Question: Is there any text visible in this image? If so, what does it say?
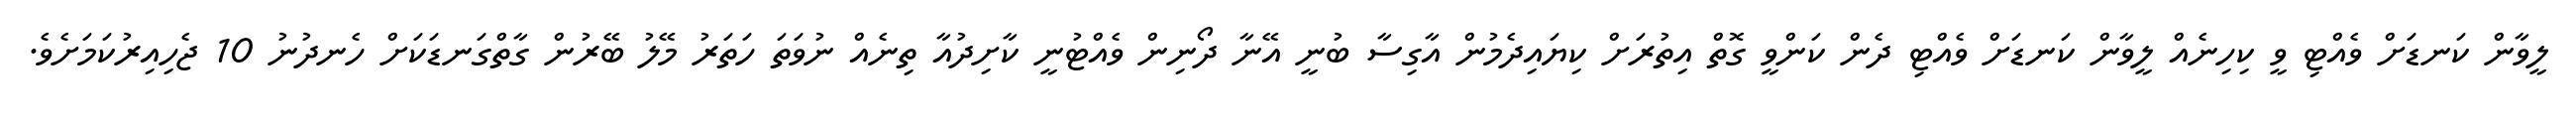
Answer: ލީވާން ކަނޑަށް ވެއްޓި ވީ ކިހިނެއް ލީވާން ކަނޑަށް ވެއްޓި ދެން ކަންވީ ގޮތް އިތުރަށް ކިޔައިދެމުން އާގިސާ ބުނީ އޭނާ ދޯނިން ވެއްޓުނީ ކާށިދުއާ ތިނެއް ނުވަތަ ހަތަރު މޭލު ބޭރުން ގާތްގަނޑަކަށް ހެނދުނު 10 ޖެހިއިރުކަމަށެވެ.